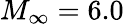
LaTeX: M_{\infty}=6.0